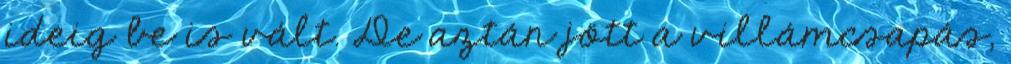
ideig be is vált. De aztán jött a villámcsapás,